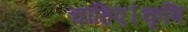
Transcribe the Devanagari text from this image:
चाहिए।कृषि